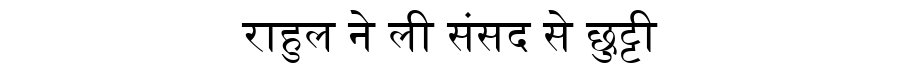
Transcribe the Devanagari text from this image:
राहुल ने ली संसद से छुट्टी